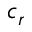
c _ { r }